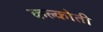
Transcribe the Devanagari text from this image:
कल्कोती